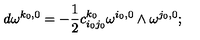
d \omega ^ { k _ { 0 } , 0 } = - \frac { 1 } { 2 } c _ { i _ { 0 } j _ { 0 } } ^ { k _ { 0 } } \omega ^ { i _ { 0 } , 0 } \wedge \omega ^ { j _ { 0 } , 0 } ;